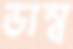
ডাম্ব